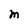
Character: M